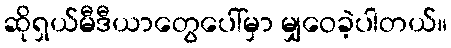
ဆိုရှယ်မီဒီယာတွေပေါ်မှာ မျှဝေခဲ့ပါတယ်။